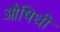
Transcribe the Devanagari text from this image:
औषिधी